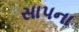
સાપના